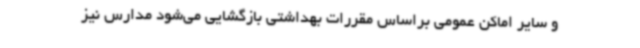
و سایر اماکن عمومی براساس مقررات بهداشتی بازگشایی می‌شود مدارس نیز